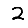
Digit: 2